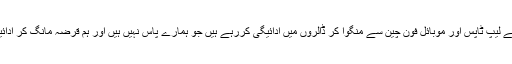
ہم اربوں روپے کے لیپ ٹاپس اور موبائل فون چین سے منگوا کر ڈالروں میں ادائیگی کررہے ہیں جو ہمارے پاس نہیں ہیں اور ہم قرضہ مانگ کر ادائیگیاں کررہے ہیں۔